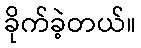
ခိုက်ခဲ့တယ်။